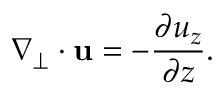
\nabla _ { \perp } \cdot { \bf u } = - \frac { \partial u _ { z } } { \partial z } .